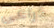
ذراعى